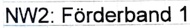
Text: NW2: Förderband 1